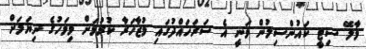
މާލޭ ސިޓީ ކައުންސިލުން ވަނީ އެ ސަރަހައްދުގައި މުޒާހަރާ ކުރުމަށް މިމަހުގެ ނިޔަލަށް